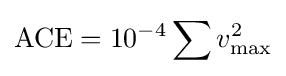
{\text{ACE}}=10^{-4}\sum v_{\max }^{2}